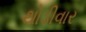
થોડીવાર